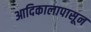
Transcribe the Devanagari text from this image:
आदिकालापासून